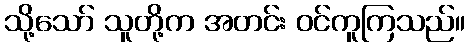
သို့သော် သူတို့က အတင်း ဝင်ကူကြသည်။